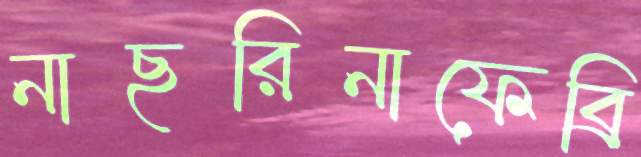
নাছরিনাফেব্রি